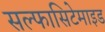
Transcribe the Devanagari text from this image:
सल्फासिटेमाइड